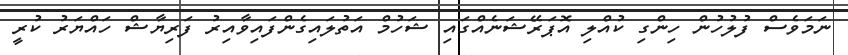
ނަމަވެސް ފުލުހުން ހިންގި ކުއްލި އޮޕަރޭޝަނެއްގައި ޝަހުމް އަތުލައިގެންފައިވާއިރު ފަރިޔާޝް ހައްޔަރު ކުރީ